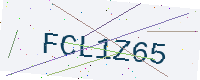
Text: FCL1Z65